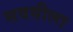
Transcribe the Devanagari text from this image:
सवयीला